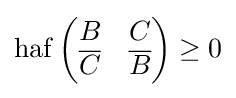
\operatorname {haf} {\begin{pmatrix}B&C\\{\overline {C}}&{\overline {B}}\end{pmatrix}}\geq 0